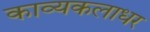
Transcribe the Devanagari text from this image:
काव्यकलाधर